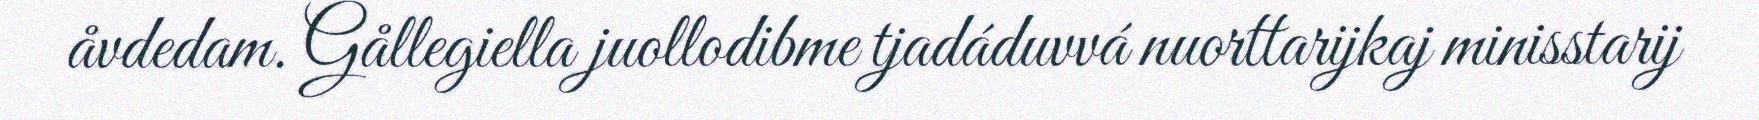
åvdedam. Gållegiella juollodibme tjadáduvvá nuorttarijkaj minisstarij